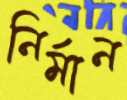
নির্মান